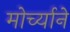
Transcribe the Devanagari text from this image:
मोर्च्याने